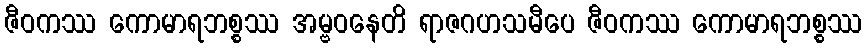
ဇီဝကဿ ကောမာရဘစ္စဿ အမ္ဗဝနေတိ ရာဇဂဟသမီပေ ဇီဝကဿ ကောမာရဘစ္စဿ